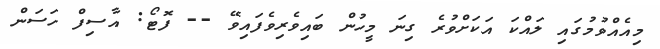
މިއެއްވުމުގައި ލައްކަ އަކަށްވުރެ ގިނަ މީހުން ބައިވެރިވެފައިވޭ -- ފޮޓޯ: އާސިފް ހަސަން